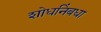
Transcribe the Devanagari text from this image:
शोधनिंबधा